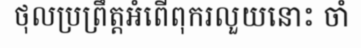
ថុលប្រព្រឹត្តអំពើពុករលួយនោះ ចាំ